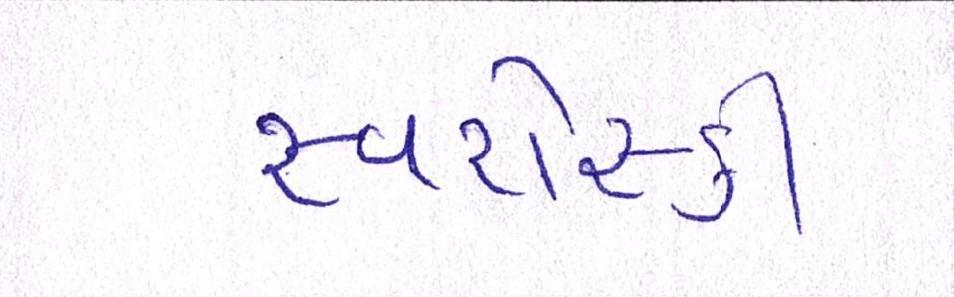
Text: સ્વરોસ્કી